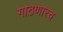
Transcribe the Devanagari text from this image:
गाठणारच